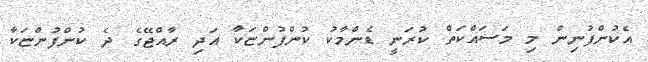
އެކުންފުނިން މި މަސައްކަތް ކުރަނީ ޑެންމާކު ކުންފުންޏަކާ އަދި ރާއްޖޭގެ ދެ ކުންފުންޏަކާ